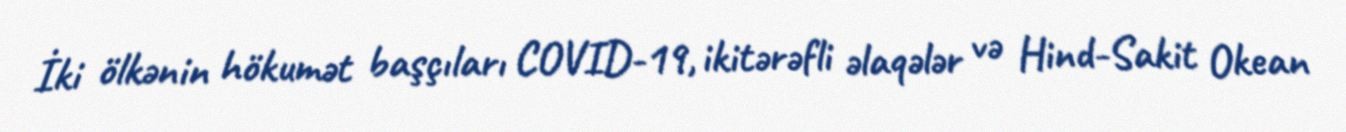
İki ölkənin hökumət başçıları COVID-19, ikitərəfli əlaqələr və Hind-Sakit Okean